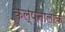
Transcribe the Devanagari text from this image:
कल्पनालोक